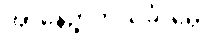
အာနေဉ္ဇာဘိသင်္ခါရော